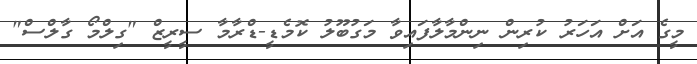
މީގެ އަށް އަހަރު ކުރިން ނިންމާލާފައިވާ މަގުބޫލު ކޮމެޑީ-ޑްރާމާ ސީރީޒް "ގިލްމޯ ގާލްސް"